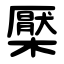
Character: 檿